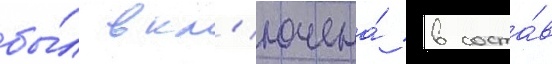
бы́л вкл'ючена́ в соста́в